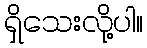
ရှိသေးလို့ပါ။